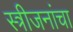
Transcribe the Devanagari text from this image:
स्त्रीजनांचा